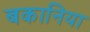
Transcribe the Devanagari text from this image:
बकानिया